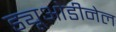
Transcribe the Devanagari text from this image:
ड्यूओडीनेल